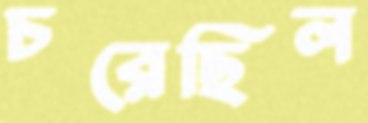
চরেছিল